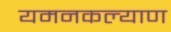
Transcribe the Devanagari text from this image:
यमनकल्याण